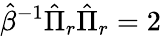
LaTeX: \hat{\beta}^{-1}\hat{\Pi}_{r}\hat{\Pi}_{r}=2